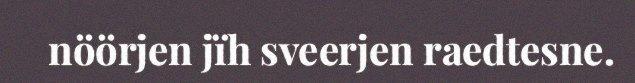
nöörjen jïh sveerjen raedtesne.